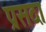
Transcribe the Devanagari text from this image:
प्रसदा